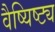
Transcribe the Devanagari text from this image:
वैष्यिष्ट्य